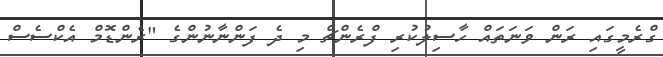
ގްރެމީގައި ރަން ވަނަތައް ހާސިލުކުރި ފްރެންޗް މި ދެ ފަންނާނުންގެ "ރެންޑޮމް އެކްސެސް